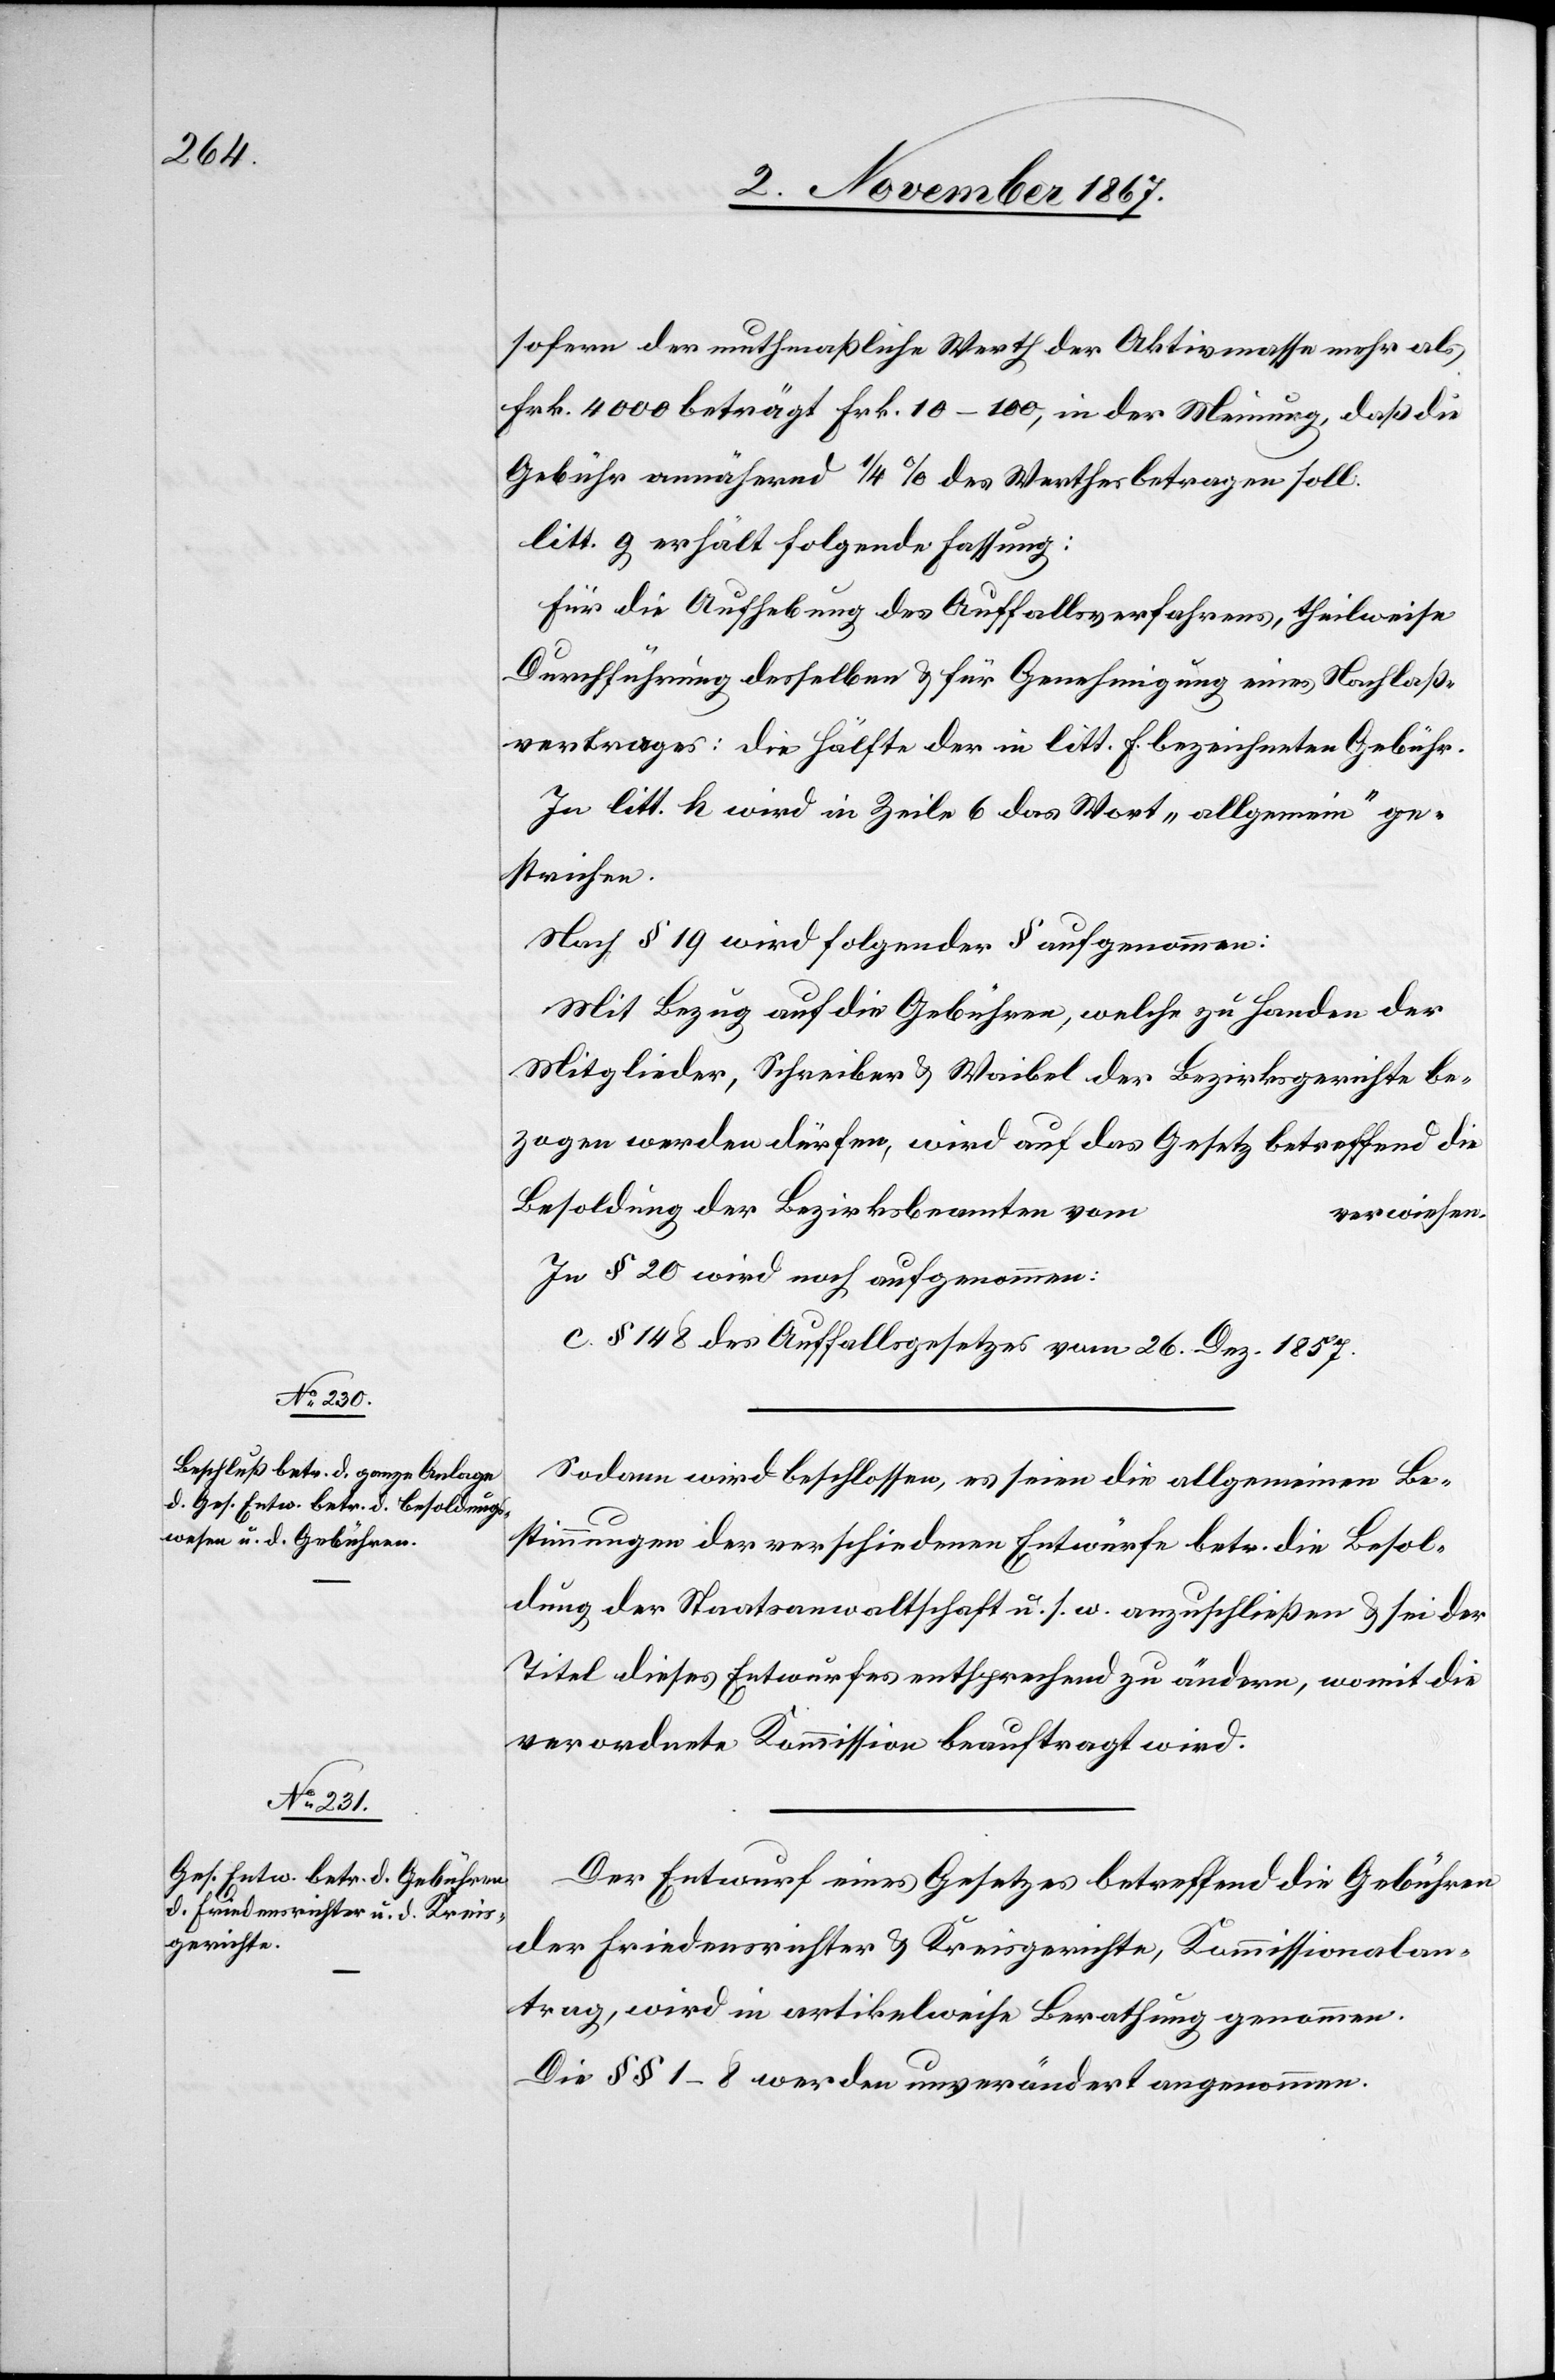
sofern der muthmaßliche Werth der Aktivmasse mehr als
Frk. 4000 beträgt Frk. 10–100, in der Meinung, daß die
Gebühr annähernd 1/4 % des Werthes betragen soll.
litt. g erhält folgende Fassung:
Für die Aufhebung des Auffallsverfahrens, theilweise
Durchführung desselben u. für Genehmigung eines Nachlaß¬
vertrages: die Hälfte der in litt. f bezeichneten Gebühr.
In litt. k wird in Zeile 6 das Wort „allgemein“ ge¬
strichen.
Nach § 19 wird folgender § aufgenommen:
Mit Bezug auf die Gebühren, welche zu Handen der
Mitglieder, Schreiber u. Waibel der Bezirksgerichte be¬
zogen werden dürfen, wird auf das Gesetz betreffend die
Besoldung der Bezirksbeamten vom
verwiesen.
In § 20 wird noch aufgenommen:
c. § 148 des Auffallsgesetzes vom 26. Dez. 1857
Sodann wird beschlossen, es seien die allgemeinen Be¬
stimmungen der verschiedenen Entwürfe betr. die Besol¬
dung der Staatsanwaltschaft u. s. w. anzuschließen u. sei der
Titel dieses Entwurfes entsprechend zu ändern, womit die
verordnete Kommission beauftragt wird.
Der Entwurf eines Gesetzes betreffend die Gebühren
der Friedensrichter u. Kreisgerichte, Kommissionalan¬
trag, wird in artikelweise Berathung genommen.
Die §§ 1–8 werden unverändert angenommen.